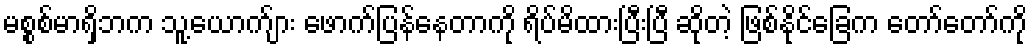
မစ္စစ်မာရှိဘက သူ့ယောက်ျား ဖောက်ပြန်နေတာကို ရိပ်မိထားပြီးပြီ ဆိုတဲ့ ဖြစ်နိုင်ခြေက တော်တော်ကို